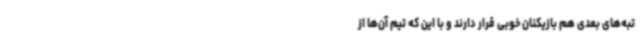
تبه‌های بعدی هم بازیکنان خوبی قرار دارند و با این که تیم آن‌ها از